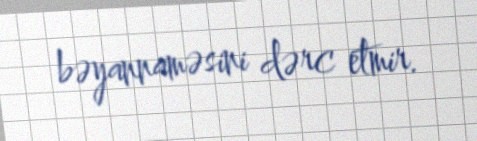
bəyannaməsini dərc etmir.